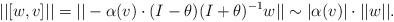
LaTeX: \begin{align*}||[w,v]||=||-\alpha(v)\cdot(I-\theta)(I+\theta)^{-1}w||\sim |\alpha(v)|\cdot ||w||.\end{align*}